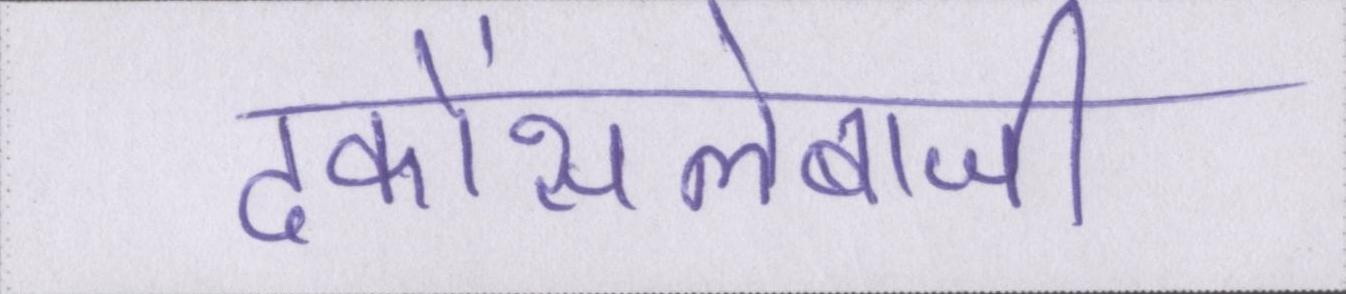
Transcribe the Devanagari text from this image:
ढकोंसलेबाजी